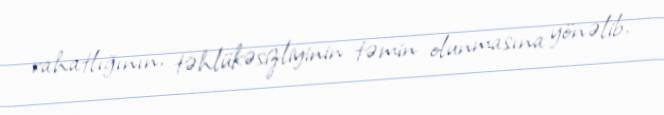
rahatlığının, təhlükəsizliyinin təmin olunmasına yönəlib.